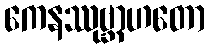
ကေနဿုဗ္ဘာဟတော